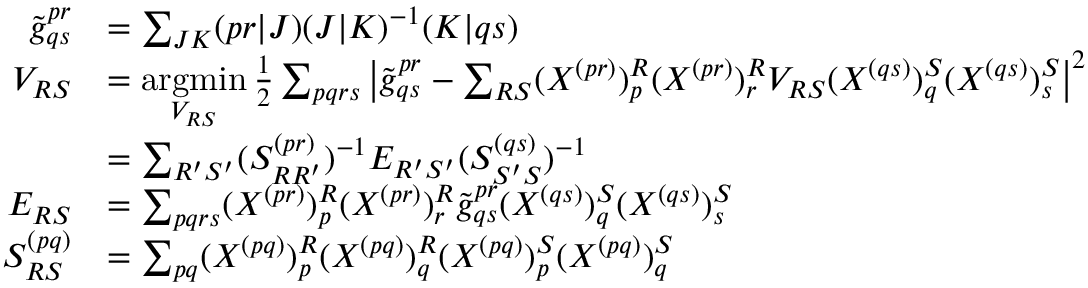
\begin{array} { r l } { \tilde { g } _ { q s } ^ { p r } } & { = \sum _ { J K } ( p r | J ) ( J | K ) ^ { - 1 } ( K | q s ) } \\ { V _ { R S } } & { = \underset { V _ { R S } } { \operatorname { a r g m i n } } \, \frac { 1 } { 2 } \sum _ { p q r s } \left| \tilde { g } _ { q s } ^ { p r } - \sum _ { R S } ( X ^ { ( p r ) } ) _ { p } ^ { R } ( X ^ { ( p r ) } ) _ { r } ^ { R } V _ { R S } ( X ^ { ( q s ) } ) _ { q } ^ { S } ( X ^ { ( q s ) } ) _ { s } ^ { S } \right| ^ { 2 } } \\ & { = \sum _ { R ^ { \prime } S ^ { \prime } } ( S _ { R R ^ { \prime } } ^ { ( p r ) } ) ^ { - 1 } E _ { R ^ { \prime } S ^ { \prime } } ( S _ { S ^ { \prime } S } ^ { ( q s ) } ) ^ { - 1 } } \\ { E _ { R S } } & { = \sum _ { p q r s } ( X ^ { ( p r ) } ) _ { p } ^ { R } ( X ^ { ( p r ) } ) _ { r } ^ { R } \tilde { g } _ { q s } ^ { p r } ( X ^ { ( q s ) } ) _ { q } ^ { S } ( X ^ { ( q s ) } ) _ { s } ^ { S } } \\ { S _ { R S } ^ { ( p q ) } } & { = \sum _ { p q } ( X ^ { ( p q ) } ) _ { p } ^ { R } ( X ^ { ( p q ) } ) _ { q } ^ { R } ( X ^ { ( p q ) } ) _ { p } ^ { S } ( X ^ { ( p q ) } ) _ { q } ^ { S } } \end{array}